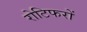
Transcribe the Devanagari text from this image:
रोटिफरों